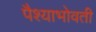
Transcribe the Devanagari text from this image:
पैश्याभोवती